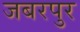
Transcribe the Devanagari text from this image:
जबरपुर